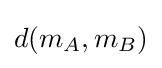
d(m_{A},m_{B})